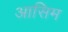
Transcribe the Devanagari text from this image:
आसिम